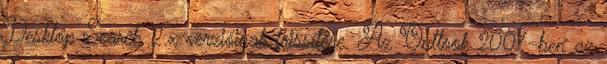
Desktop Search 2.x verzióinak frissítése. Az Outlook 2007-ben az